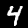
Digit: 4